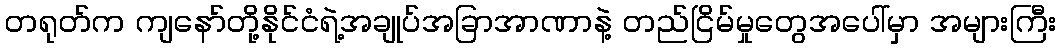
တရုတ်က ကျနော်တို့နိုင်ငံရဲ့အချုပ်အခြာအာဏာနဲ့ တည်ငြိမ်မှုတွေအပေါ်မှာ အများကြီး